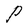
Character: P